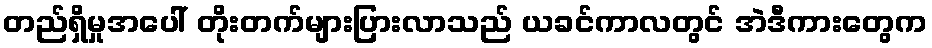
တည်ရှိမှုအပေါ် တိုးတက်များပြားလာသည် ယခင်ကာလတွင် အဲဒီကားတွေက